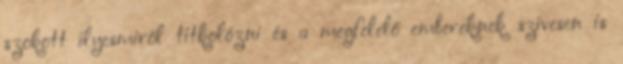
szokott ilyesmiről titkolózni és a megfelelő embereknek szívesen is